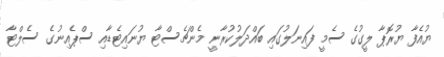
ޔުއެފާ ޔުރޮޕާ ލީގުގެ ސެމީ ފައިނަލުގައި ބައްދަލުކުރާނީ މެންޗެސްޓާ ޔުނައިޓެޑާއި ސްޕެއިނުގެ ސެލްޓާ